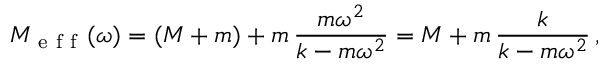
M _ { \mathrm { ~ e ~ f ~ f ~ } } ( \omega ) = ( M + m ) + m \, \frac { m \omega ^ { 2 } } { k - m \omega ^ { 2 } } = M + m \, \frac { k } { k - m \omega ^ { 2 } } \, ,